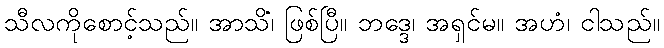
သီလကိုစောင့်သည်။ အာသိံ၊ ဖြစ်ပြီ။ ဘဒ္ဒေ၊ အရှင်မ။ အဟံ၊ ငါသည်။